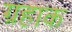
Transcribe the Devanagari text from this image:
ग्रहाक